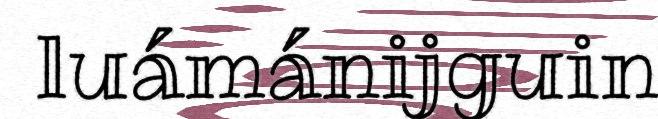
luámánijguin